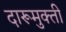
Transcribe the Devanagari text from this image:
दारूमुक्ती